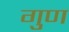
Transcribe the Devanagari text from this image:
गुण